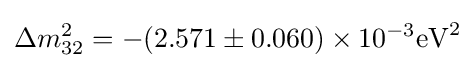
\Delta m_{32}^{2}=-(2.571\pm 0.060)\times 10^{-3}{\rm {eV}}^{2}